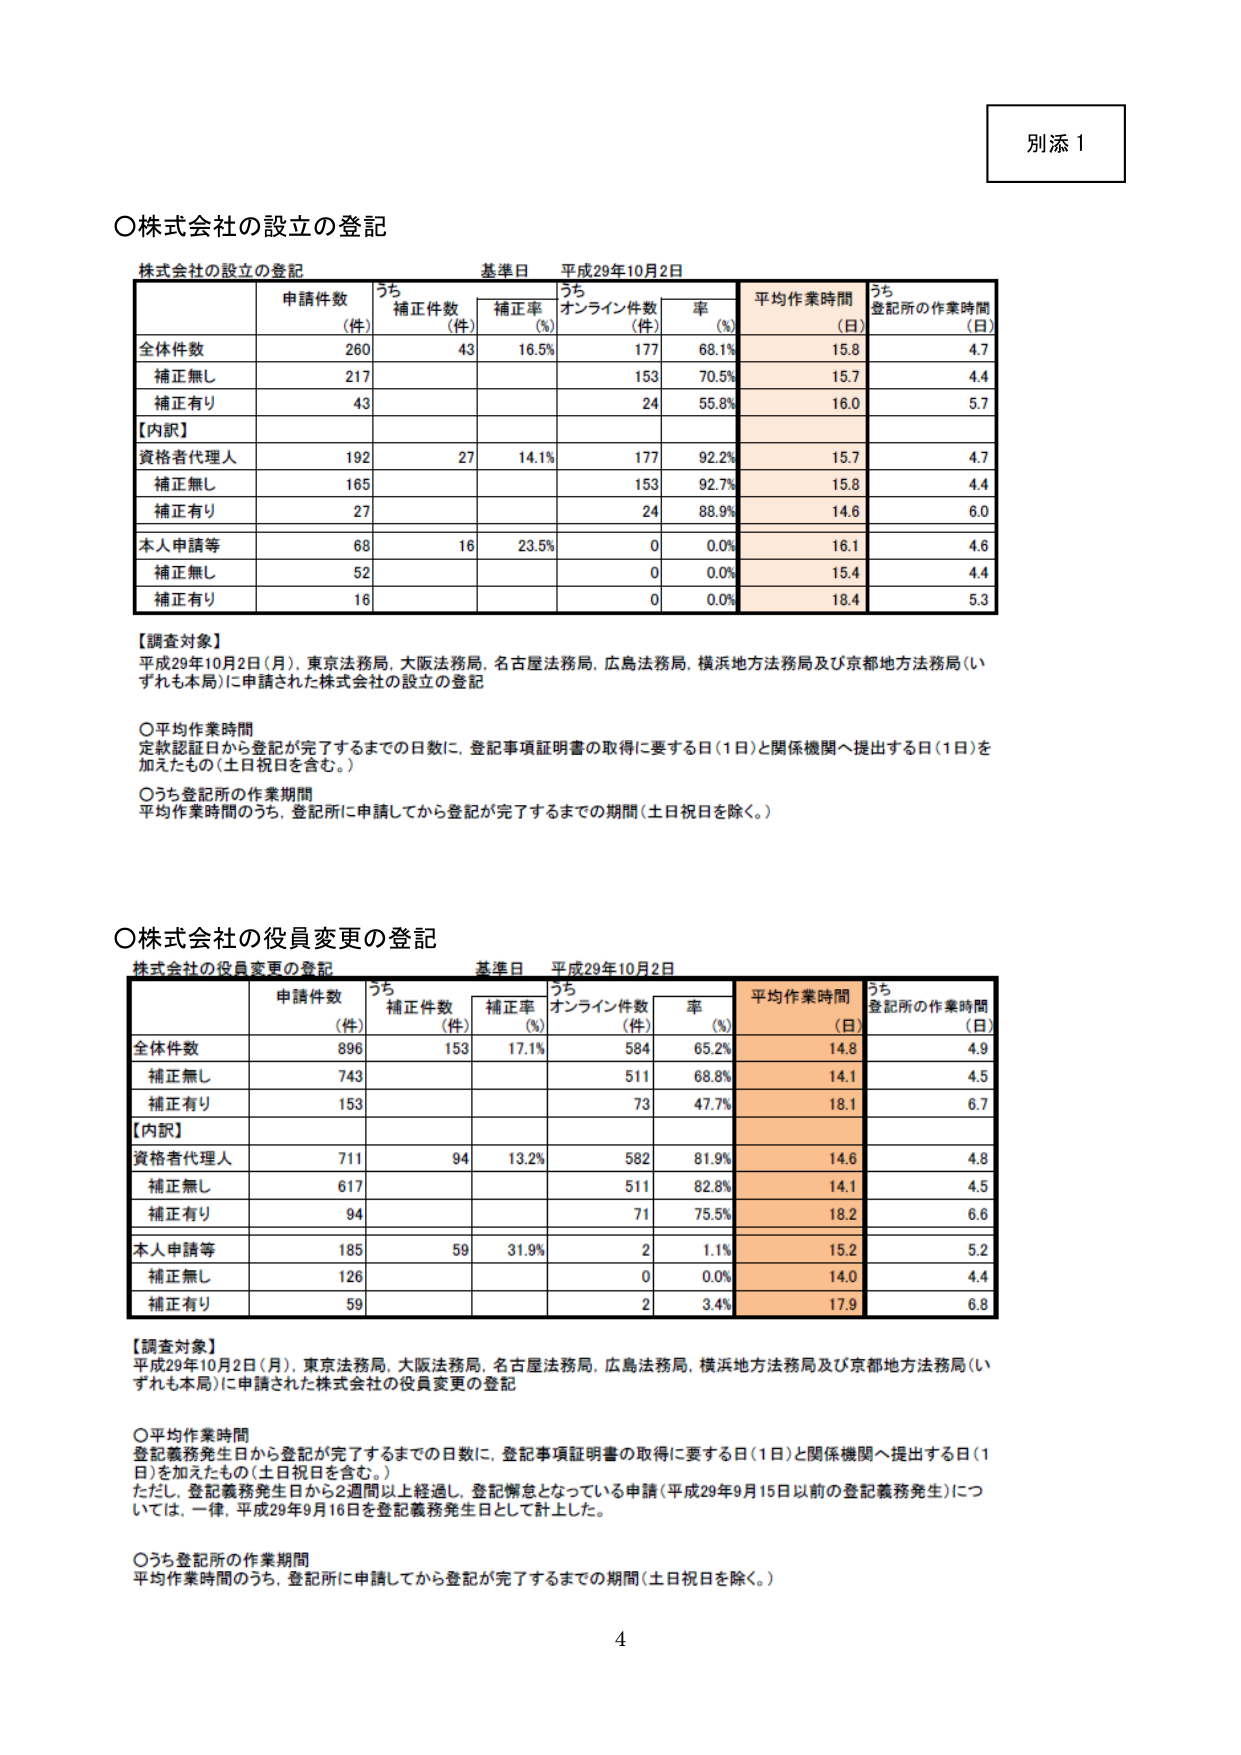
別添１

○株式会社の設立の登記

株式会社の設立の登記 基準日 平成29年10月2日

| | 申請件数（件） | うち補正件数（件） | 補正率（%） | うちオンライン件数（件） | 率（%） | 平均作業時間（日） | うち登記所の作業時間（日） |
|---|---|---|---|---|---|---|---|
| 全体件数 | 260 | 43 | 16.5% | 177 | 68.1% | 15.8 | 4.7 |
| 補正無し | 217 | | | 153 | 70.5% | 15.7 | 4.4 |
| 補正有り | 43 | | | 24 | 55.8% | 16.0 | 5.7 |
| 【内訳】 | | | | | | | |
| 資格者代理人 | 192 | 27 | 14.1% | 177 | 92.2% | 15.7 | 4.7 |
| 補正無し | 165 | | | 153 | 92.7% | 15.8 | 4.4 |
| 補正有り | 27 | | | 24 | 88.9% | 14.6 | 6.0 |
| 本人申請等 | 68 | 16 | 23.5% | 0 | 0.0% | 16.1 | 4.6 |
| 補正無し | 52 | | | 0 | 0.0% | 15.4 | 4.4 |
| 補正有り | 16 | | | 0 | 0.0% | 18.4 | 5.3 |

【調査対象】
平成29年10月2日（月）、東京法務局、大阪法務局、名古屋法務局、広島法務局、横浜地方法務局及び京都地方法務局（いずれも本局）に申請された株式会社の設立の登記

○平均作業時間
定款認証日から登記が完了するまでの日数に、登記事項証明書の取得に要する日（1日）と関係機関へ提出する日（1日）を加えたもの（土日祝日を含む。）

○うち登記所の作業期間
平均作業時間のうち、登記所に申請してから登記が完了するまでの期間（土日祝日を除く。）

○株式会社の役員変更の登記

株式会社の役員変更の登記 基準日 平成29年10月2日

| | 申請件数（件） | うち補正件数（件） | 補正率（%） | うちオンライン件数（件） | 率（%） | 平均作業時間（日） | うち登記所の作業時間（日） |
|---|---|---|---|---|---|---|---|
| 全体件数 | 896 | 153 | 17.1% | 584 | 65.2% | 14.8 | 4.9 |
| 補正無し | 743 | | | 511 | 68.8% | 14.1 | 4.5 |
| 補正有り | 153 | | | 73 | 47.7% | 18.1 | 6.7 |
| 【内訳】 | | | | | | | |
| 資格者代理人 | 711 | 94 | 13.2% | 582 | 81.9% | 14.6 | 4.8 |
| 補正無し | 617 | | | 511 | 82.8% | 14.1 | 4.5 |
| 補正有り | 94 | | | 71 | 75.5% | 18.2 | 6.6 |
| 本人申請等 | 185 | 59 | 31.9% | 2 | 1.1% | 15.2 | 5.2 |
| 補正無し | 126 | | | 0 | 0.0% | 14.0 | 4.4 |
| 補正有り | 59 | | | 2 | 3.4% | 17.9 | 6.8 |

【調査対象】
平成29年10月2日（月）、東京法務局、大阪法務局、名古屋法務局、広島法務局、横浜地方法務局及び京都地方法務局（いずれも本局）に申請された株式会社の役員変更の登記

○平均作業時間
登記義務発生日から登記が完了するまでの日数に、登記事項証明書の取得に要する日（1日）と関係機関へ提出する日（1日）を加えたもの（土日祝日を含む。）
ただし、登記義務発生日から2週間以上経過し、登記懈怠となっている申請（平成29年9月15日以前の登記義務発生）については、一律、平成29年9月16日を登記義務発生日として計上した。

○うち登記所の作業期間
平均作業時間のうち、登記所に申請してから登記が完了するまでの期間（土日祝日を除く。）

4